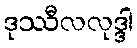
ဒုဿီလလုဒ္ဒါ